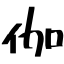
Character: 伽